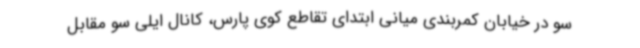
سو در خیابان کمربندی میانی ابتدای تقاطع کوی پارس، کانال ایلی سو مقابل